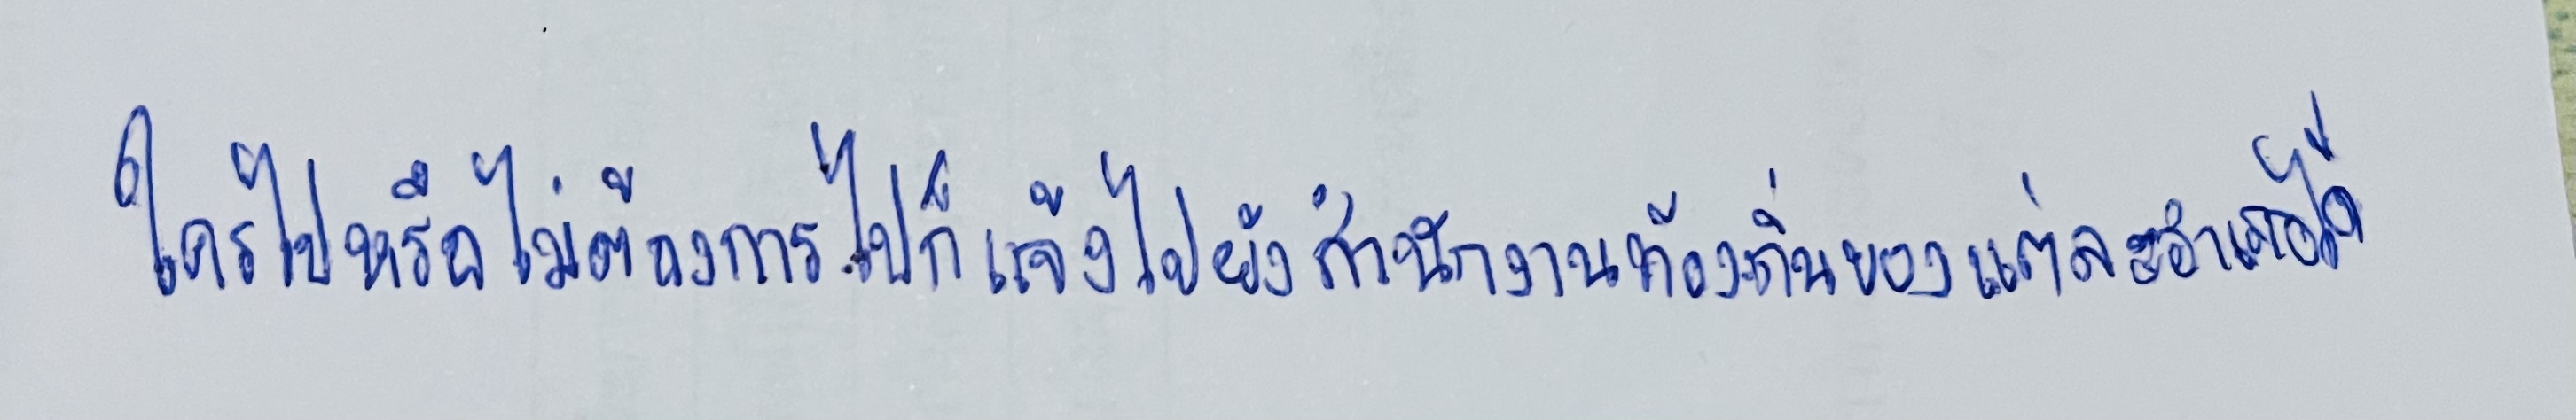
ใครไปหรือไม่ต้องการไปก็แจ้งไปยังสำนักงานท้องถิ่นของแต่ละอำเภอได้